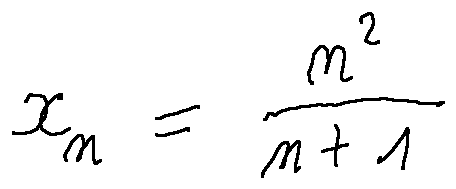
x _ { n } = \frac { n ^ { 2 } } { n + 1 }